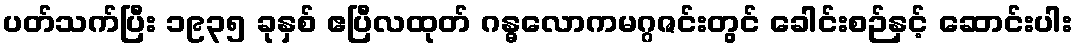
ပတ်သက်ပြီး ၁၉၃၅ ခုနှစ် ဧပြီလထုတ် ဂန္ဓလောကမဂ္ဂဇင်းတွင် ခေါင်းစဉ်နှင့် ဆောင်းပါး